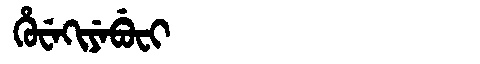
Manchu: ᡥᡠᠸᡝᡴᡳᠶᡝᠪᡠᠸᡳ
Romanization: HUWEKIYEBUFI